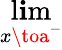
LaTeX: \operatorname*{l\mathbf{i}m}_{x\toa^{-}}